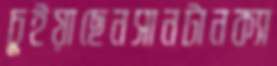
চুইয়াছেনসানটানক্যা